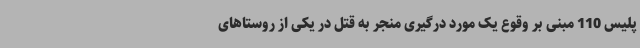
پلیس 110 مبنی بر وقوع یک مورد درگیری منجر به قتل در یکی از روستاهای